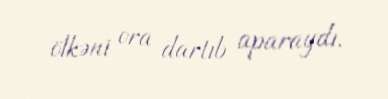
ölkəni ora dartıb aparaydı.